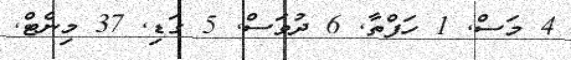
4 މަސް